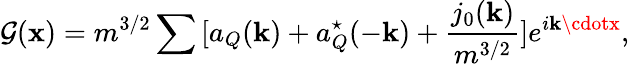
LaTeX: {\cal\mathcal{G}}({\mathbf{x}})=m^{3/2}\sum{}[a_{Q}({\mathbf{k}})+a_{Q}^{\star}(-{\mathbf{k}})+\frac{{j_{0}({\mathbf{k}})}}{{m^{3/2}}}]e^{i{\mathbf{k}\cdotx}},